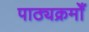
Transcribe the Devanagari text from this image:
पाठ्यक्रमोँ